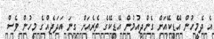
އެ ދެމީހުން އޭޑީކޭއަށް ގެންދިއުމުން އޭޑީކޭގެ ތެރެއަށް ގިނަ އަދަދެއްގެ މީހުން ވެސް